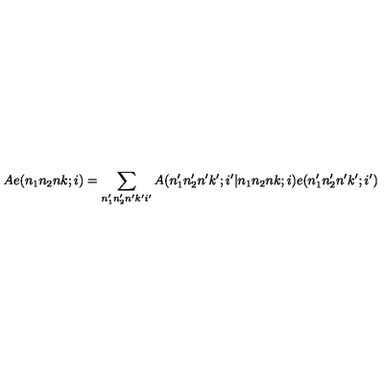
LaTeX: A e ( n _ { 1 } n _ { 2 } n k ; i ) = \sum _ { n _ { 1 } ^ { \prime } n _ { 2 } ^ { \prime } n ^ { \prime } k ^ { \prime } i ^ { \prime } } A ( n _ { 1 } ^ { \prime } n _ { 2 } ^ { \prime } n ^ { \prime } k ^ { \prime } ; i ^ { \prime } | n _ { 1 } n _ { 2 } n k ; i ) e ( n _ { 1 } ^ { \prime } n _ { 2 } ^ { \prime } n ^ { \prime } k ^ { \prime } ; i ^ { \prime } )